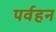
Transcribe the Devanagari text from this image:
पर्वहन